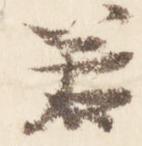
若